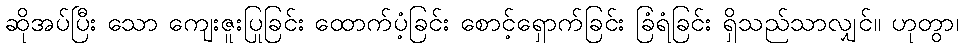
ဆိုအပ်ပြီး သော ကျေးဇူးပြုခြင်း ထောက်ပံ့ခြင်း စောင့်ရှောက်ခြင်း ခြံရံခြင်း ရှိသည်သာလျှင်။ ဟုတွာ၊